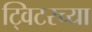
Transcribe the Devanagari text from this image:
ट्विटरच्या